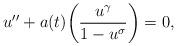
LaTeX: \begin{align*}u'' + a(t)\biggl{(}\dfrac{u^{\gamma}}{1-u^{\sigma}}\biggr{)} = 0,\end{align*}